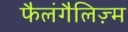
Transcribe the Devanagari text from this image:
फैलंगैलिज़्म